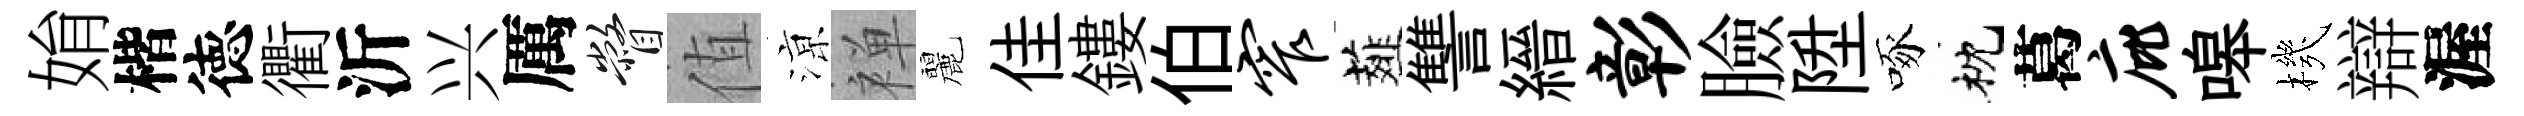
姢楷徳衢沂兴厲瞥值鿌禅麗佳鏤伯窄薤讐縉彰臉陞啄枕葛庇嗥機辯渥